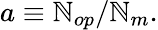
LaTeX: a\equiv\mathbb{N}_{op}/\mathbb{N}_{m}.